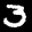
Label: 3